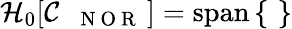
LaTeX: \begin{array}{r}{\mathcal{H}_{0}[\mathcal{C}_{\mathrm{~\texttt~{~N~O~R~}~}}]=\operatorname{span}\left\{ \, \begin{array}{rl}\end{array}\, \right\} }\end{array}